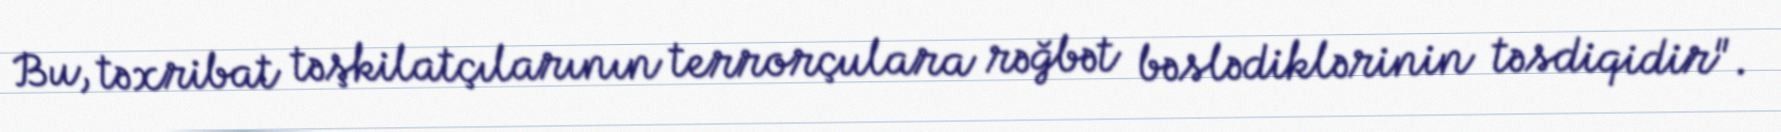
Bu, təxribat təşkilatçılarının terrorçulara rəğbət bəslədiklərinin təsdiqidir".